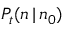
P _ { t } ( n \, | \, n _ { 0 } )